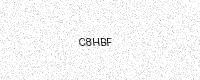
Text: C8HBF